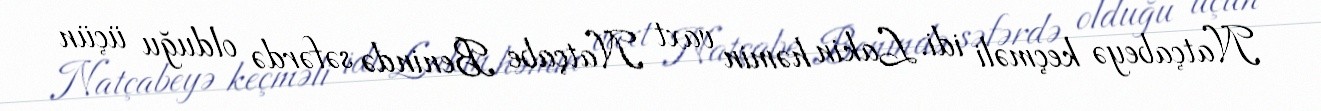
Natçabeyə keçməli idi. Lakin həmin vaxt Natçabe Benində səfərdə olduğu üçün